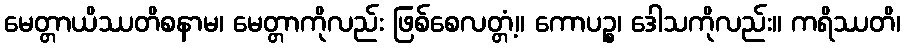
မေတ္တာယိဿတိစနာမ၊ မေတ္တာကိုလည်း ဖြစ်စေလတ္တံ့။ ကောပဉ္စ၊ ဒေါသကိုလည်း။ ကရိဿတိ၊